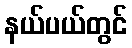
နယ်ပယ်တွင်